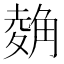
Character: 𧤂